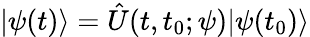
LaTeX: |\psi(t)\rangle=\hat{U}(t,t_{0};\psi)|\psi(t_{0})\rangle